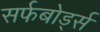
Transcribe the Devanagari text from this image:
सर्फबोर्ड्स